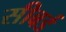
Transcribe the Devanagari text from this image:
सीबर्ड